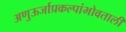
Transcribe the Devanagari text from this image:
अणुऊर्जाप्रकल्पांभोवताली